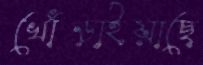
খোঁড়াইয়াছে